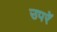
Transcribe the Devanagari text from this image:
उपरें